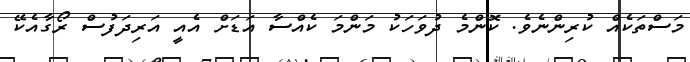
މަސްތަކެއް ކުރިންނެވެ. ކޮންމެ ދުވަހަކު މަންމަ ކެއްސާ އަޑަށް އެއީ އަރިދަފުސް ރޯގާއެކޭ